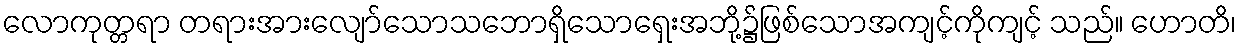
လောကုတ္တရာ တရားအားလျော်သောသဘောရှိသောရှေးအဘို့၌ဖြစ်သောအကျင့်ကိုကျင့် သည်။ ဟောတိ၊